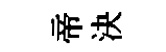
帝決